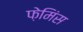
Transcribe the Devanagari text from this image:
फ़ेमिंस